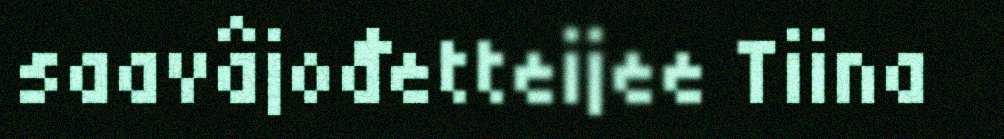
saavâjođetteijee Tiina